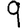
Digit: 9